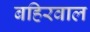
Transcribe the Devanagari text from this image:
बहिरवाल